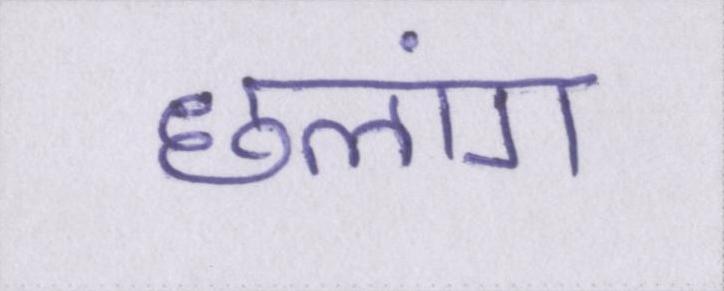
छलांग